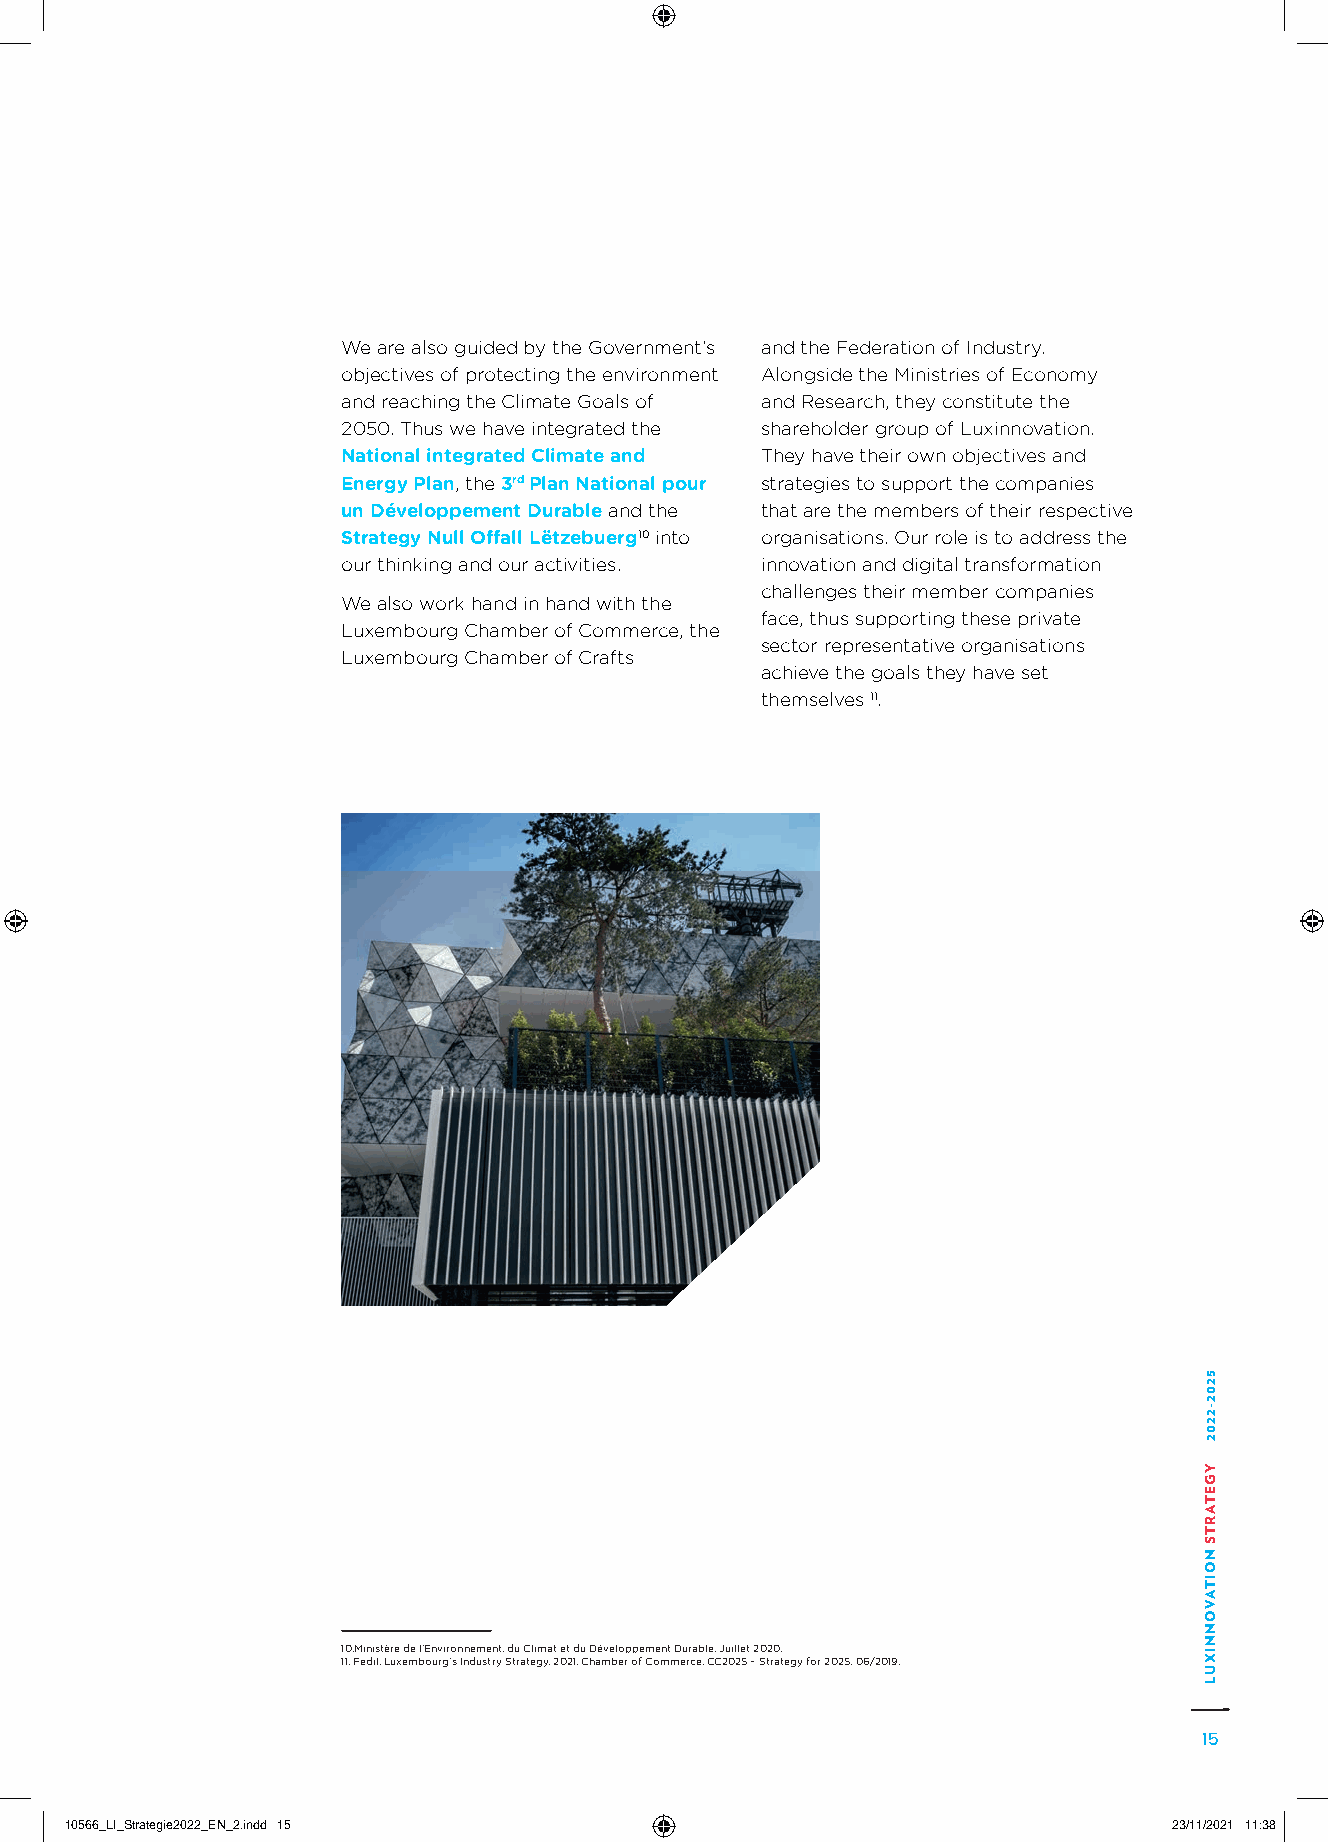
We are also guided by the Government’s and the Federation of Industry.
 objectives of protecting the environment Alongside the Ministries of Economy
 and reaching the Climate Goals of and Research, they constitute the
 2050. Thus we have integrated the shareholder group of Luxinnovation.
 National integrated Climate and They have their own objectives and
 Energy Plan, the 3rd Plan National pour strategies to support the companies
 un Développement Durable and the that are the members of their respective
 Strategy Null Offall Lëtzebuerg10 into organisations. Our role is to address the
 our thinking and our activities. innovation and digital transformation
 challenges their member companies
 We also work hand in hand with the
 face, thus supporting these private
 Luxembourg Chamber of Commerce, the
 sector representative organisations
 Luxembourg Chamber of Crafts
 achieve the goals they have set
 themselves 11.
 10.Ministère de l’Environnement, du Climat et du Développement Durable, Juillet 2020.
 11. Fedil, Luxembourg’s Industry Strategy, 2021. Chamber of Commerce, CC2025 – Strategy for 2025, 06/2019.
 15
 1100556666__LLII__SSttrraatteeggiiee22002222__EENN__22..iinndddd 1155     2233//1111//22002211 1111::3388
 5202-2202
 YGETARTS
 NOITAVONNIXUL